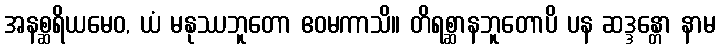
အနစ္ဆရိယမေဝ, ယံ မနုဿဘူတော ဧဝမကာသိ။ တိရစ္ဆာနဘူတောပိ ပန ဆဒ္ဒန္တော နာမ